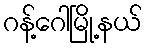
ဂန့်ဂေါမြို့နယ်